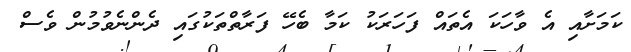
ކަމަށާއި އެ ވާހަކަ އެތައް ފަހަރަކު ކަމާ ބެހޭ ފަރާތްތަކުގައި ދެންނެވުމުން ވެސް